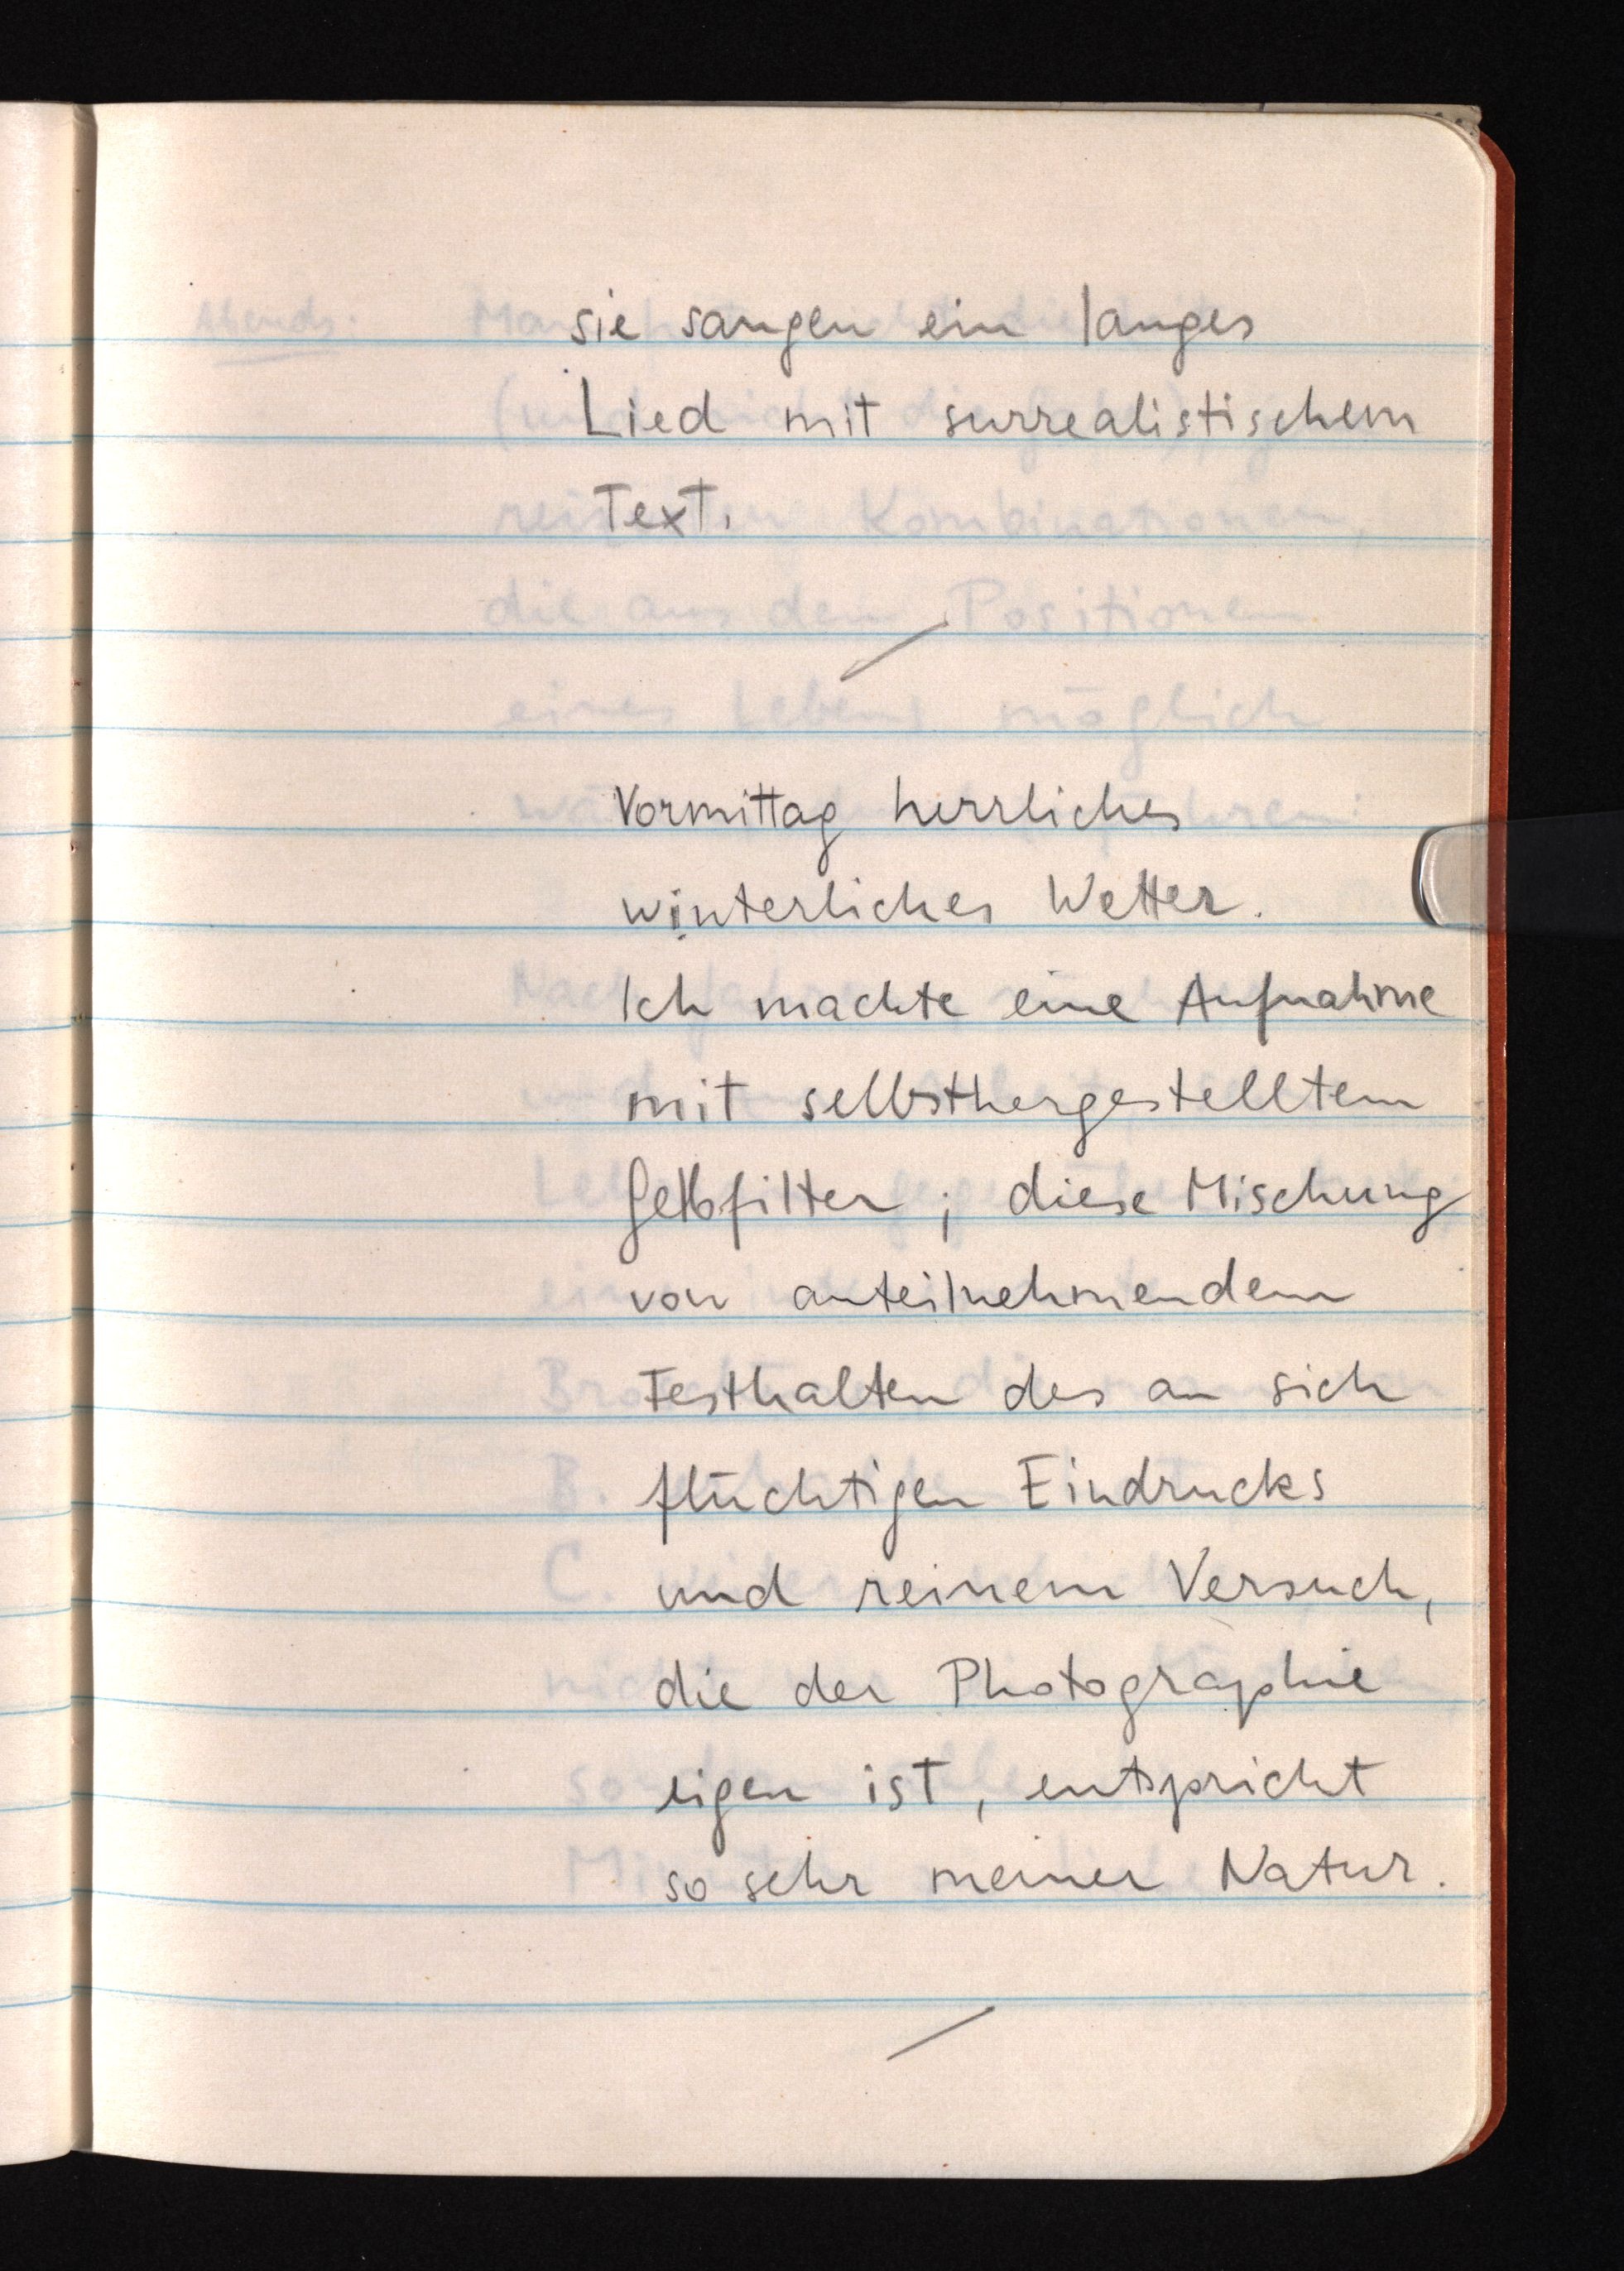
sie sangen ein langes
Lied mit surrealistischem
Text.
Vormittag herrliches
winterliches Wetter.
Ich machte eine Aufnahme
mit selbsthergestelltem
Gelbfilter; diese Mischung
von anteilnehmendem
Festhalten des an sich
flüchtigen Eindrucks
und reinem Versuch,
die der Photographie
eigen ist, entspricht
so sehr meiner Natur.